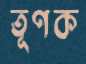
তূণক